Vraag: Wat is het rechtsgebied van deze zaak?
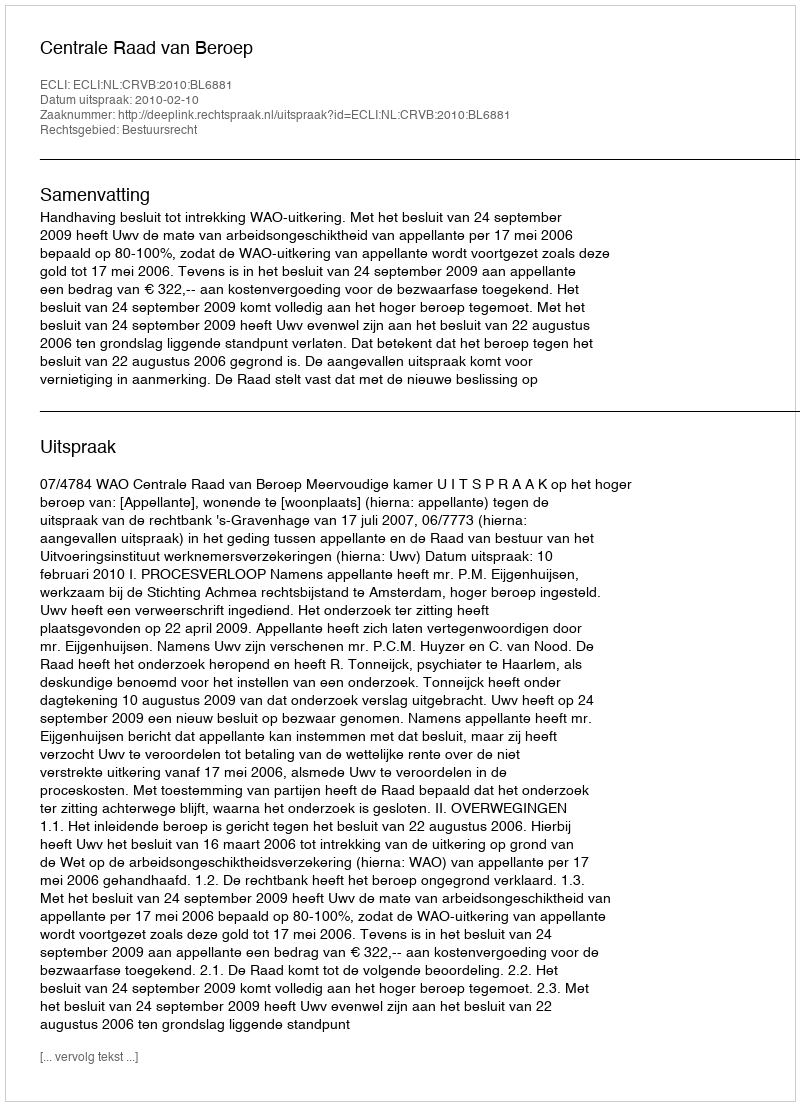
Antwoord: Bestuursrecht